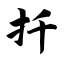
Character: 扦